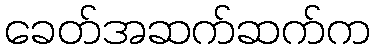
ခေတ်အဆက်ဆက်က